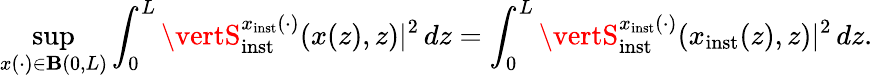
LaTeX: \operatorname*{sup}_{x(\cdot)\in\mathbf{B}(0,L)}\int_{0}^{L}\vertS_{\mathrm{{inst}}}^{x_{\mathrm{{inst}}}(\cdot)}(x(z),z)\vert^{2}\, dz=\int_{0}^{L}\vertS_{\mathrm{{inst}}}^{x_{\mathrm{{inst}}}(\cdot)}(x_{\mathrm{{inst}}}(z),z)\vert^{2}\, dz.